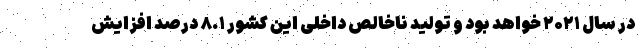
در سال ۲۰۲۱ خواهد بود و تولید ناخالص داخلی این کشور ۸.۱ درصد افزایش